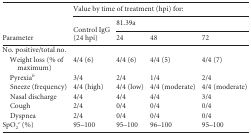
<table><thead><tr><td rowspan="3"><b>Parameter</b></td><td colspan="4"><b>Value by time of treatment (hpi) for:</b></td></tr><tr><td rowspan="2"><b>Control IgG (24 hpi)</b></td><td colspan="3"><b>81.39a</b></td></tr><tr><td><b>24</b></td><td><b>48</b></td><td><b>72</b></td></tr></thead><tbody><tr><td>No. positive/total no.</td><td></td><td></td><td></td><td></td></tr><tr><td>Weight loss (% of maximum)</td><td>4/4 (6)</td><td>4/4 (6)</td><td>4/4 (5)</td><td>4/4 (7)</td></tr><tr><td>Pyrexia<sup><i>b</i></sup></td><td>3/4</td><td>2/4</td><td>1/4</td><td>2/4</td></tr><tr><td>Sneeze (frequency)</td><td>4/4 (high)</td><td>4/4 (low)</td><td>4/4 (moderate)</td><td>4/4 (moderate)</td></tr><tr><td>Nasal discharge</td><td>4/4</td><td>4/4</td><td>4/4</td><td>3/4</td></tr><tr><td>Cough</td><td>2/4</td><td>0/4</td><td>0/4</td><td>0/4</td></tr><tr><td>Dyspnea</td><td>2/4</td><td>0/4</td><td>0/4</td><td>0/4</td></tr><tr><td>SpO<sub>2</sub><sup><i>c</i></sup> (%)</td><td>95–100</td><td>95–100</td><td>96–100</td><td>95–100</td></tr></tbody></table>